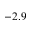
- 2 . 9